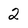
Character: 2